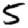
Digit: 5